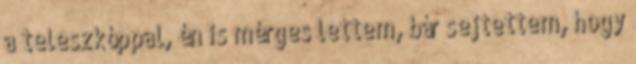
a teleszkóppal, én is mérges lettem, bár sejtettem, hogy